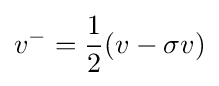
v^{-}={1 \over {2}}(v-\sigma v)